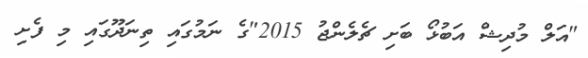
"އަލް މުދިޝް އަބުޅޯ ބަށި ޗެލެންޖު 2015"ގެ ނަމުގައި ތިނަދޫގައި މި ފެށި